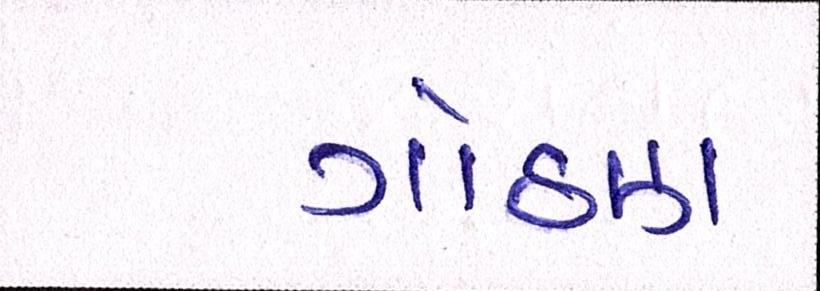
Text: ગોઠણ